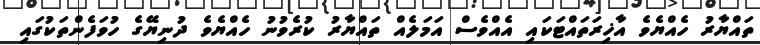
ތައްޔާރު ހެއްޔެވެ އާޚިރަތައްޓަކައި އެއްވެސް އަމަލެއް ތައްޔާރު ކުރެވުނު ހެއްޔެވެ ދުނިޔޭގެ ހުވަފެންތަކުގައި